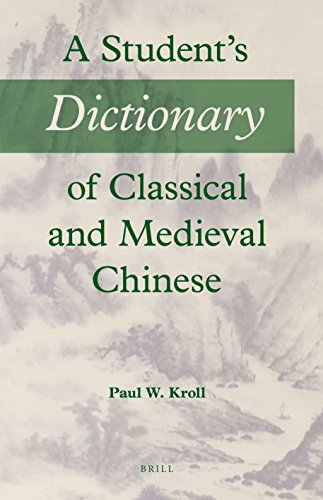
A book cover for A Student's Dictionary of Classical and Medieval Chinese; Paul W. Kroll; Reference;